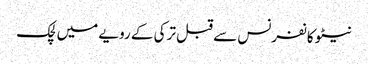
نیٹو کانفرنس سے قبل ترکی کے رویے میں لچک